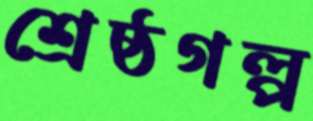
শ্রেষ্ঠগল্প